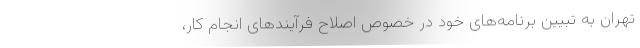
تهران به تبیین برنامه‌های خود در خصوص اصلاح فرآیندهای انجام کار،